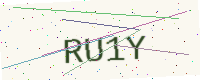
Text: RU1Y